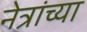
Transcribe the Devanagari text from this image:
नेत्रांच्या